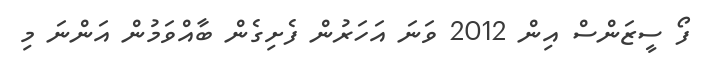
ފޯ ސީޒަންސް އިން 2012 ވަނަ އަހަރުން ފެށިގެން ބާއްވަމުން އަންނަ މި